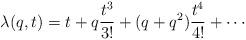
LaTeX: \begin{align*}\lambda(q,t)=t+q\frac{t^3}{3!}+(q+q^2)\frac{t^4}{4!}+\dotsb\end{align*}